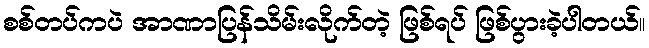
စစ်တပ်ကပဲ အာဏာပြန်သိမ်းလိုက်တဲ့ ဖြစ်ရပ် ဖြစ်ပွားခဲ့ပါတယ်။